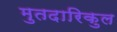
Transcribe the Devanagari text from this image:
मुतदारिकुल